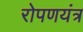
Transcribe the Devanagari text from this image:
रोपणयंत्र